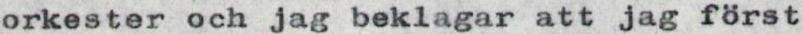
orkester och jag beklagar att jag fgrst